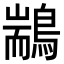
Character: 䳪